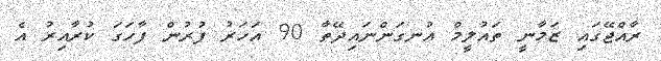
ރާއްޖޭގައި ޒަމާނީ ތައުލީމް އުނގަންނައިދޭތާ 90 އަހަރު ފުރުން ފާހަގަ ކުރާއިރު އެ